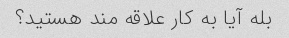
بله آیا به کار علاقه مند هستید؟